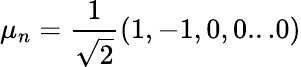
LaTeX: \mu_{n}=\frac{1}{\sqrt{2}}(1,-1,0,0...0)